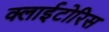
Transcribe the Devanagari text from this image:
क्लाईटोरिस